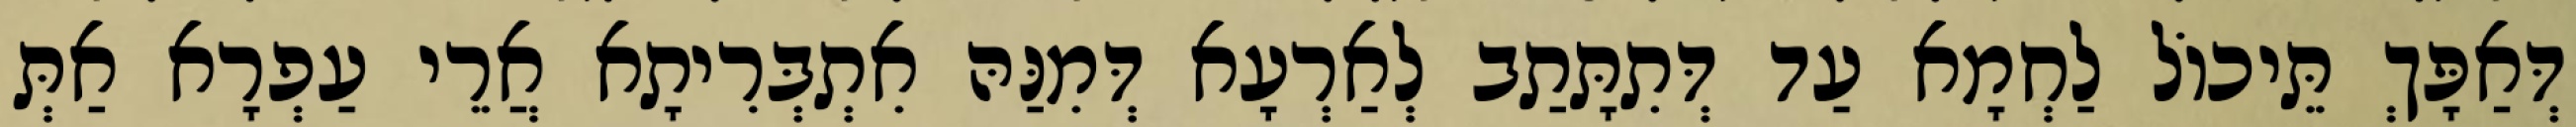
דְּאַפָּךְ תֵּיכוֹל לַחְמָא עַד דְּתִתָּתַב לְאַרְעָא דְּמִנַּהּ אִתְבְּרִיתָא אֲרֵי עַפְרָא אַתְּ